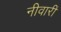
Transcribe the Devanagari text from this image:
नीवारीं